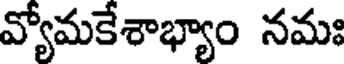
వ్యోమకేశాభ్యాం నమః